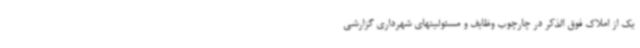
یک از املاک فوق الذکر در چارچوب وظایف و مسئولیتهای شهرداری گزارشی